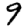
Digit: 9